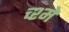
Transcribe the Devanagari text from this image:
च्श्मे